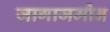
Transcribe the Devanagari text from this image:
जागाजमीन